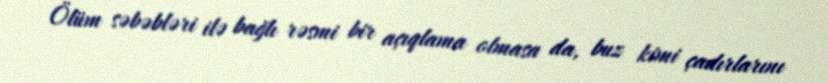
Ölüm səbəbləri ilə bağlı rəsmi bir açıqlama olmasa da, buz kimi çadırlarını